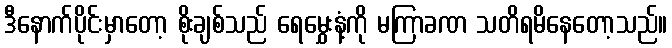
ဒီနောက်ပိုင်းမှာတော့ စိုးချစ်သည် ရေမွှေးနံ့ကို မကြာခဏ သတိရမိနေတော့သည်။